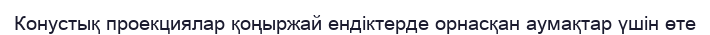
Конустық проекциялар қоңыржай ендіктерде орнасқан аумақтар үшін өте